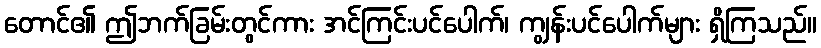
တောင်၏ ဤဘက်ခြမ်းတွင်ကား အင်ကြင်းပင်ပေါက်၊ ကျွန်းပင်ပေါက်များ ရှိကြသည်။